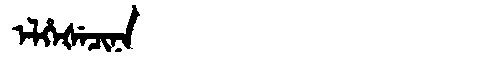
Manchu: ᡝᠯᡥᡝᡧᡝᠴᡳᠨᠠ
Romanization: ELHEŠECINA